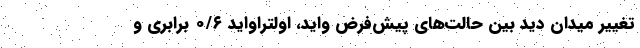
تغییر میدان دید بین حالت‌های پیش‌فرض واید، اولتراواید ۰/۶ برابری و